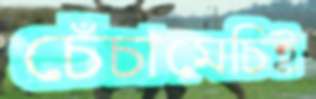
চেঁচামেচিই